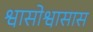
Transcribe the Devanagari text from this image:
श्वासोश्वासास